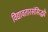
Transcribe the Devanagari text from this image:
विद्यावतारसंसिद्ध्यै